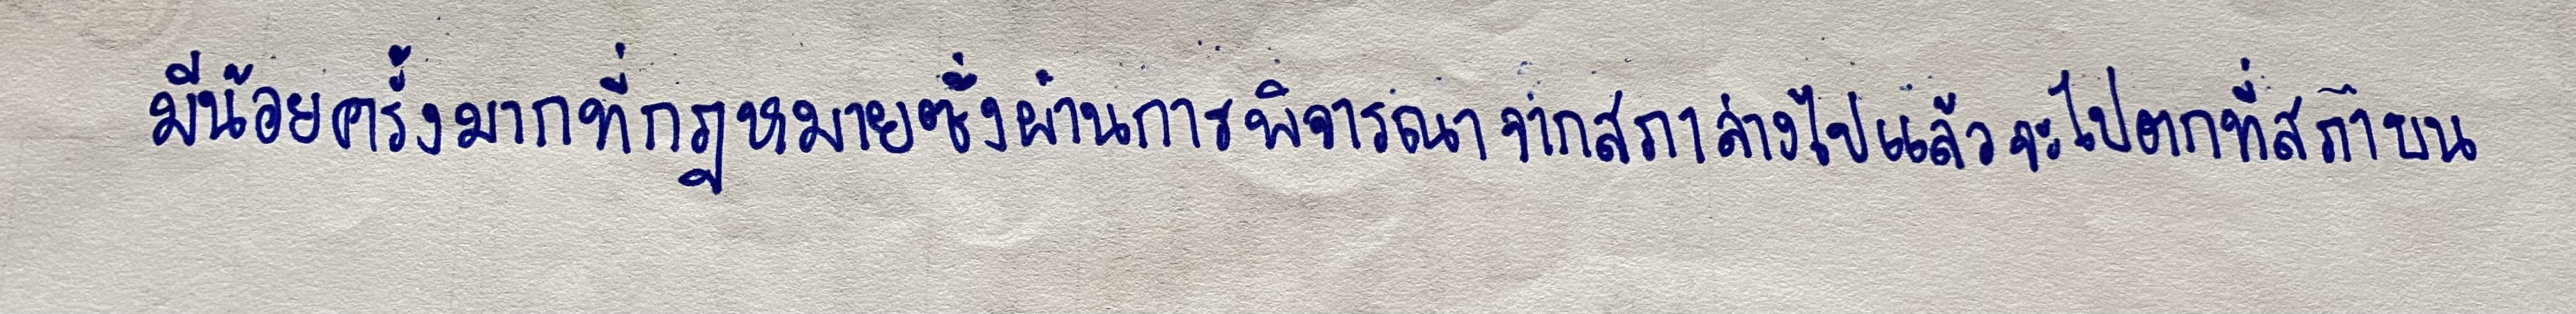
มีน้อยครั้งมากที่กฎหมายซึ่งผ่านการพิจารณาจากสภาล่างไปแล้วจะไปตกที่สภาบน